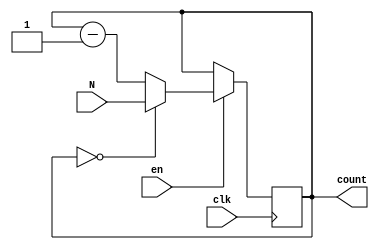
module ModuloN_Down_Counter (
    input wire clk,
    input wire en,
    input wire [7:0] N,
    output reg [7:0] count
);

always @(posedge clk) begin
    if (en) begin
        if (count == 0) begin
            count <= N;
        end else begin
            count <= count - 1;
        end
    end
end

endmodule